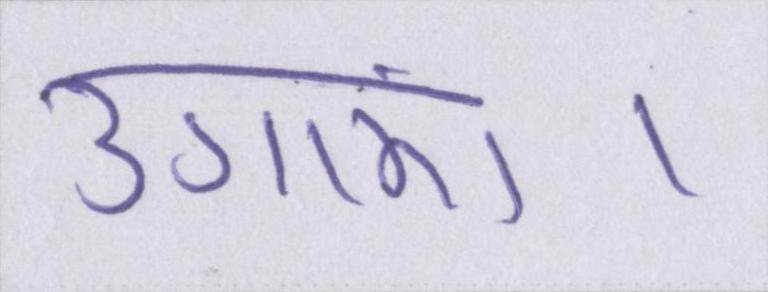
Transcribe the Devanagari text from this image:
उगाएं।